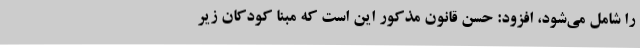
را شامل می‌شود، افزود: حسن قانون مذکور این است که مبنا کودکان زیر